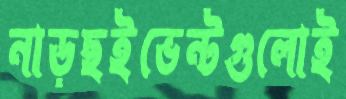
নাড়ছইভেন্টগুলোই